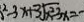
^ { 2 } - 3 x + 3 \sqrt { x ^ { 2 } - 3 x } = -